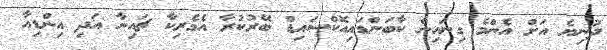
ދުނިޔެ އަށް އެންމެ ގިނައިން ކާބަންޑައިއޮކްސައިޑް ބޭރުކުރާ އެމެރިކާ ޗައިނާ އަދި އިންޑިއާ